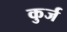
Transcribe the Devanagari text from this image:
कुर्ज